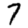
Digit: 7